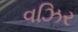
વઝિર